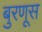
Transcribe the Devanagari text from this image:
बुरणूस